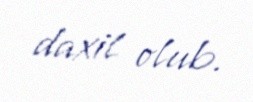
daxil olub.